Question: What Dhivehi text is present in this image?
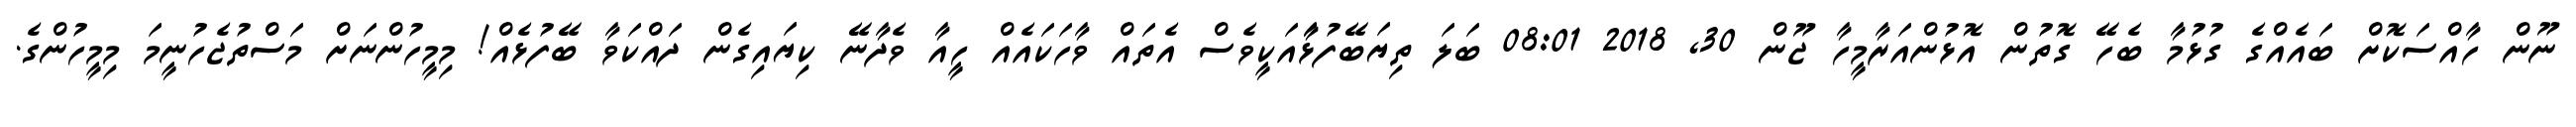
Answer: ނޫން ހާއްސަކޮށް ބައެއްގެ ގުޅުމާ ބެހޭ ގޮތުން އޮޅުންއަރާމީހާ ޖޫން 30, 2018 08:01 ބަލަ ތިޔަބޭފުޅާައަކީވެސް އެތައް ވާހަކައެއް ހީއާ ވެދާނޭ ކިޔައިގެން ދައްކަވާ ބޭފުޅެއް! މިމީހުންނަށް މަސްތުޖެހުނީމަ މިމީހުންގެ.